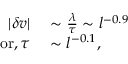
\begin{array} { r l } { | \delta v | } & { { } \sim \frac { \lambda } { \tau } \sim l ^ { - 0 . 9 } } \\ { \mathrm { o r , \, } \tau } & { { } \sim l ^ { - 0 . 1 } , } \end{array}